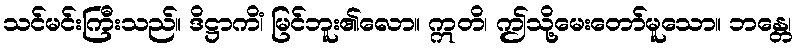
သင်မင်းကြီးသည်။ ဒိဋ္ဌာကိံ၊ မြင်ဘူး၏လော။ ဣတိ၊ ဤသို့မေးတော်မူသော။ ဘန္တေ၊